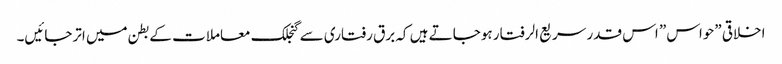
اخلاقی ”حواس” اس قدر سریع الرفتار ہوجاتے ہیں کہ برق رفتاری سے گنجلک معاملات کے بطن میں اترجائیں۔